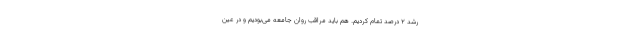
رشد ۲ درصد تمام کردیم. هم باید مراقب روان جامعه می‌بودیم و در عین